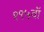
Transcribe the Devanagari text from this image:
१९५वॉ